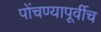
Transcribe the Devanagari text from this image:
पोंचण्यापूर्वीच